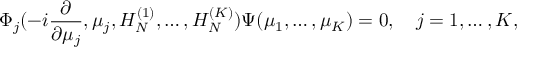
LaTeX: \Phi _ { j } ( - i { \frac { \partial } { \partial \mu _ { j } } } , \mu _ { j } , H _ { N } ^ { ( 1 ) } , \ldots , H _ { N } ^ { ( K ) } ) \Psi ( \mu _ { 1 } , \ldots , \mu _ { K } ) = 0 , \quad j = 1 , \ldots , K ,